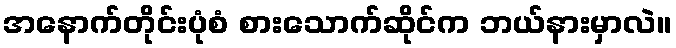
အနောက်တိုင်းပုံစံ စားသောက်ဆိုင်က ဘယ်နားမှာလဲ။